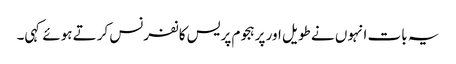
یہ بات انہوں نے طویل اور پرہجوم پریس کانفرنس کرتے ہوئے کہی۔